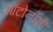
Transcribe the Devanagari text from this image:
ऑटोनॉमी